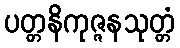
ပတ္တနိကုဇ္ဇနသုတ္တံ